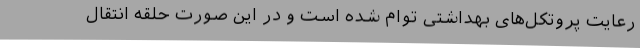
رعایت پروتکل‌های بهداشتی توام شده است ‌و در این صورت حلقه انتقال